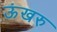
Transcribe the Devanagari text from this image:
ऊंखरु